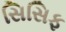
સિસિફ